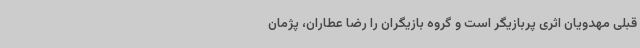
قبلی مهدویان اثری پربازیگر است و گروه بازیگران را رضا عطاران، پژمان